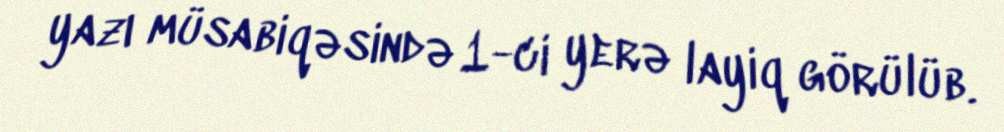
yazı müsabiqəsində 1-ci yerə layiq görülüb.